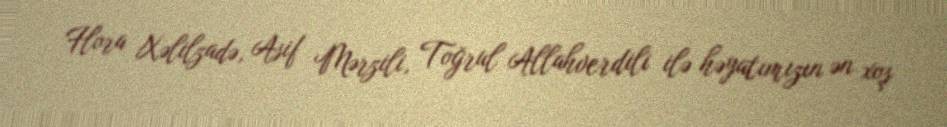
Flora Xəlilzadə, Asif Mərzili, Toğrul Allahverdili ilə həyatımızın ən xoş